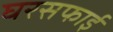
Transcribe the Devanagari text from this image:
घरसफाई